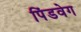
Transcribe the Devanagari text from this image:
पिंडवेग